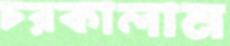
চরকালাম